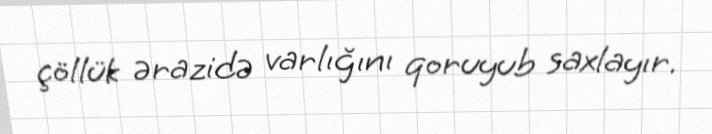
çöllük ərazidə varlığını qoruyub saxlayır.